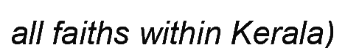
all faiths within Kerala)